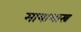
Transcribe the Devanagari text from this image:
मायाशास्त्र